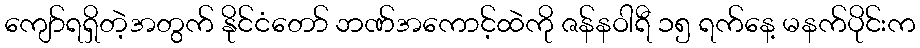
ကျော်ရရှိတဲ့အတွက် နိုင်ငံတော် ဘဏ်အကောင့်ထဲကို ဇန်နဝါရီ ၁၅ ရက်နေ့ မနက်ပိုင်းက